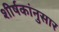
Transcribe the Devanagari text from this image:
शीर्षकांनुसार